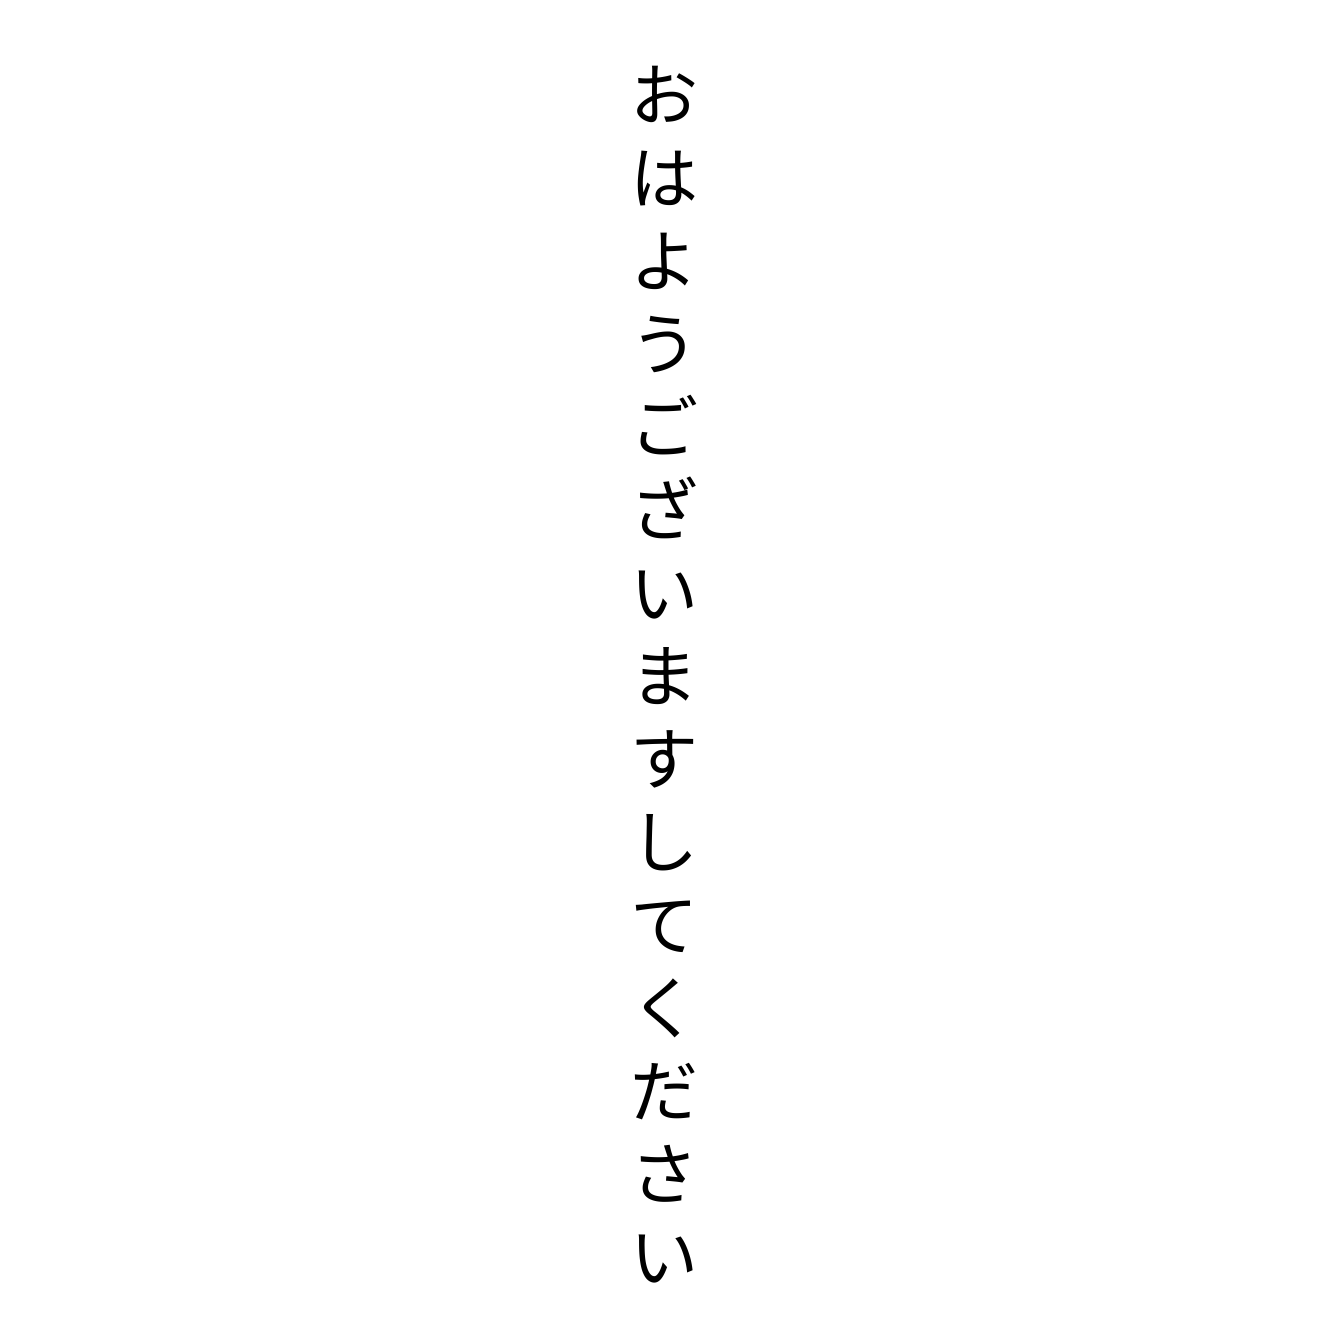
おはようございますしてください